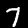
Label: 7